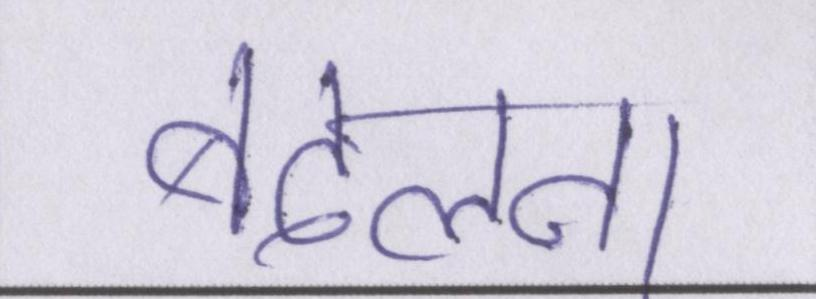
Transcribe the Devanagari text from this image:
बदलना